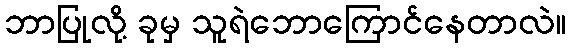
ဘာပြုလို့ ခုမှ သူရဲဘောကြောင်နေတာလဲ။